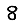
Digit: 8